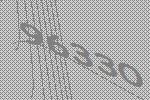
96330